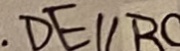
D E / / B C